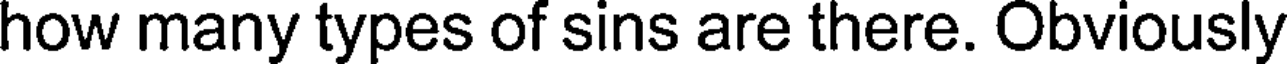
how many types of sins are there. Obviously